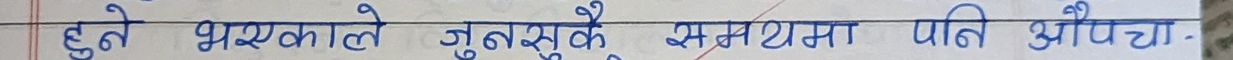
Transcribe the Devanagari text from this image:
हुने भएमकाले जुनसुकै समयमा पनि औंपचा.